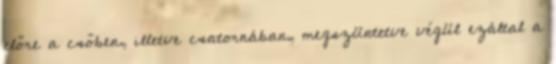
előre a csőben, illetve csatornában, megszüntetve végül ezáltal a